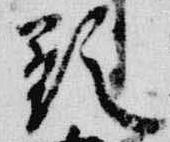
顕